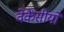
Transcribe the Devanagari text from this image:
वेकैंसीयों